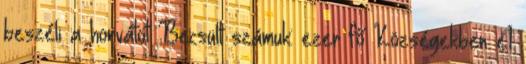
beszéli a horvátot Becsült számuk: ezer fő Községekben é1